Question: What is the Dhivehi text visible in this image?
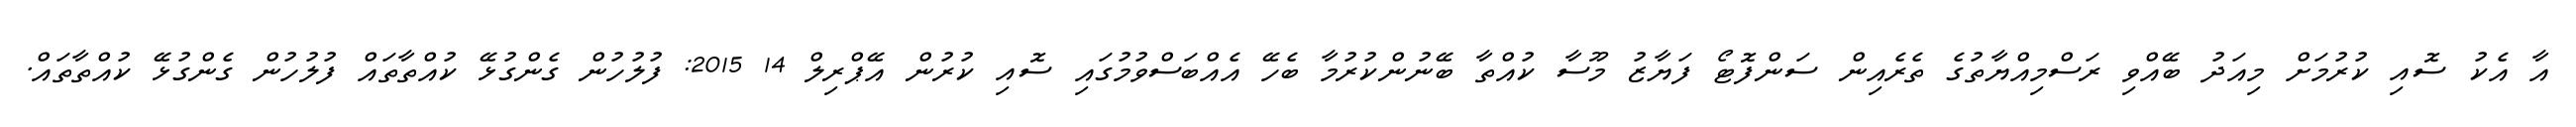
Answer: އާ އެކު ސޮއި ކުރުމަށް މިއަދު ބޭއްވި ރަސްމިއްޔާތުގެ ތެރެއިން ސަންފޮޓޯ ފަޔާޒު މޫސާ ކުއްތާ ބޭނުންކުރުމާ ބެހޭ އެއްބަސްވުމުގައި ސޮއި ކުރުން އޭޕްރިލް 14 2015: ފުލުހުން ގެންގުޅޭ ކުއްތާތައް ފުލުހުން ގެންގުޅޭ ކުއްތާތައް.